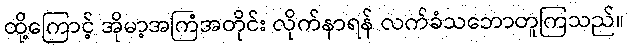
ထို့ကြောင့် အိုမာ့အကြံအတိုင်း လိုက်နာရန် လက်ခံသဘောတူကြသည်။